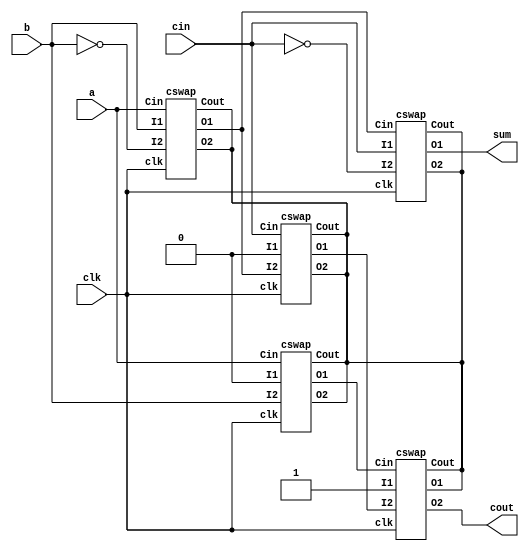
module FA(input cin, input clk, input a, input b, output sum, output cout);
    
    wire axorb;
    wire cinandaxorb;
    wire aandb;
    cswap swap1(.clk(clk), .Cin(a), .I1(b), .I2(!b), .Cout(), .O1(axorb), .O2());
    cswap swap2(.clk(clk), .Cin(axorb), .I1(cin), .I2(!cin), .Cout(), .O1(sum), .O2());
    cswap swap3(.clk(clk), .Cin(cin), .I1(1'b0), .I2(axorb), .Cout(), .O1(cinandaxorb), .O2());
    cswap swap4(.clk(clk), .Cin(a), .I1(1'b0), .I2(b), .Cout(), .O1(aandb), .O2());
    cswap swap5(.clk(clk), .Cin(aandb), .I1(1'b1), .I2(cinandaxorb), .Cout(), .O1(), .O2(cout));
endmodule

module cswap(
    input clk,
    input Cin,
    input I1,
    input I2,
    output reg Cout,
    output reg O1,
    output reg O2
);

always @ (*) begin
    O1 <= (!Cin & I1) | (Cin & I2);
    O2 <= (Cin & I1) | (!Cin & I2);
    Cout <= Cin; 
end

endmodule